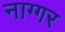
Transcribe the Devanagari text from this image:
नाग्गर